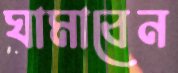
ঘামাবেন